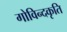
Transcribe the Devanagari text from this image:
गोविन्दकृति